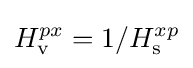
H_{\rm {v}}^{px}=1/H_{\rm {s}}^{xp}